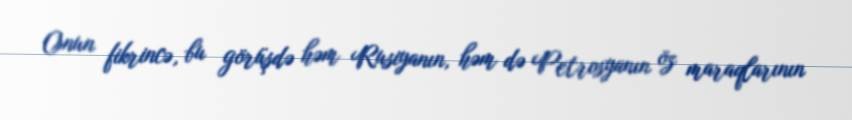
Onun fikrincə, bu görüşdə həm Rusiyanın, həm də Petrosyanın öz maraqlarının